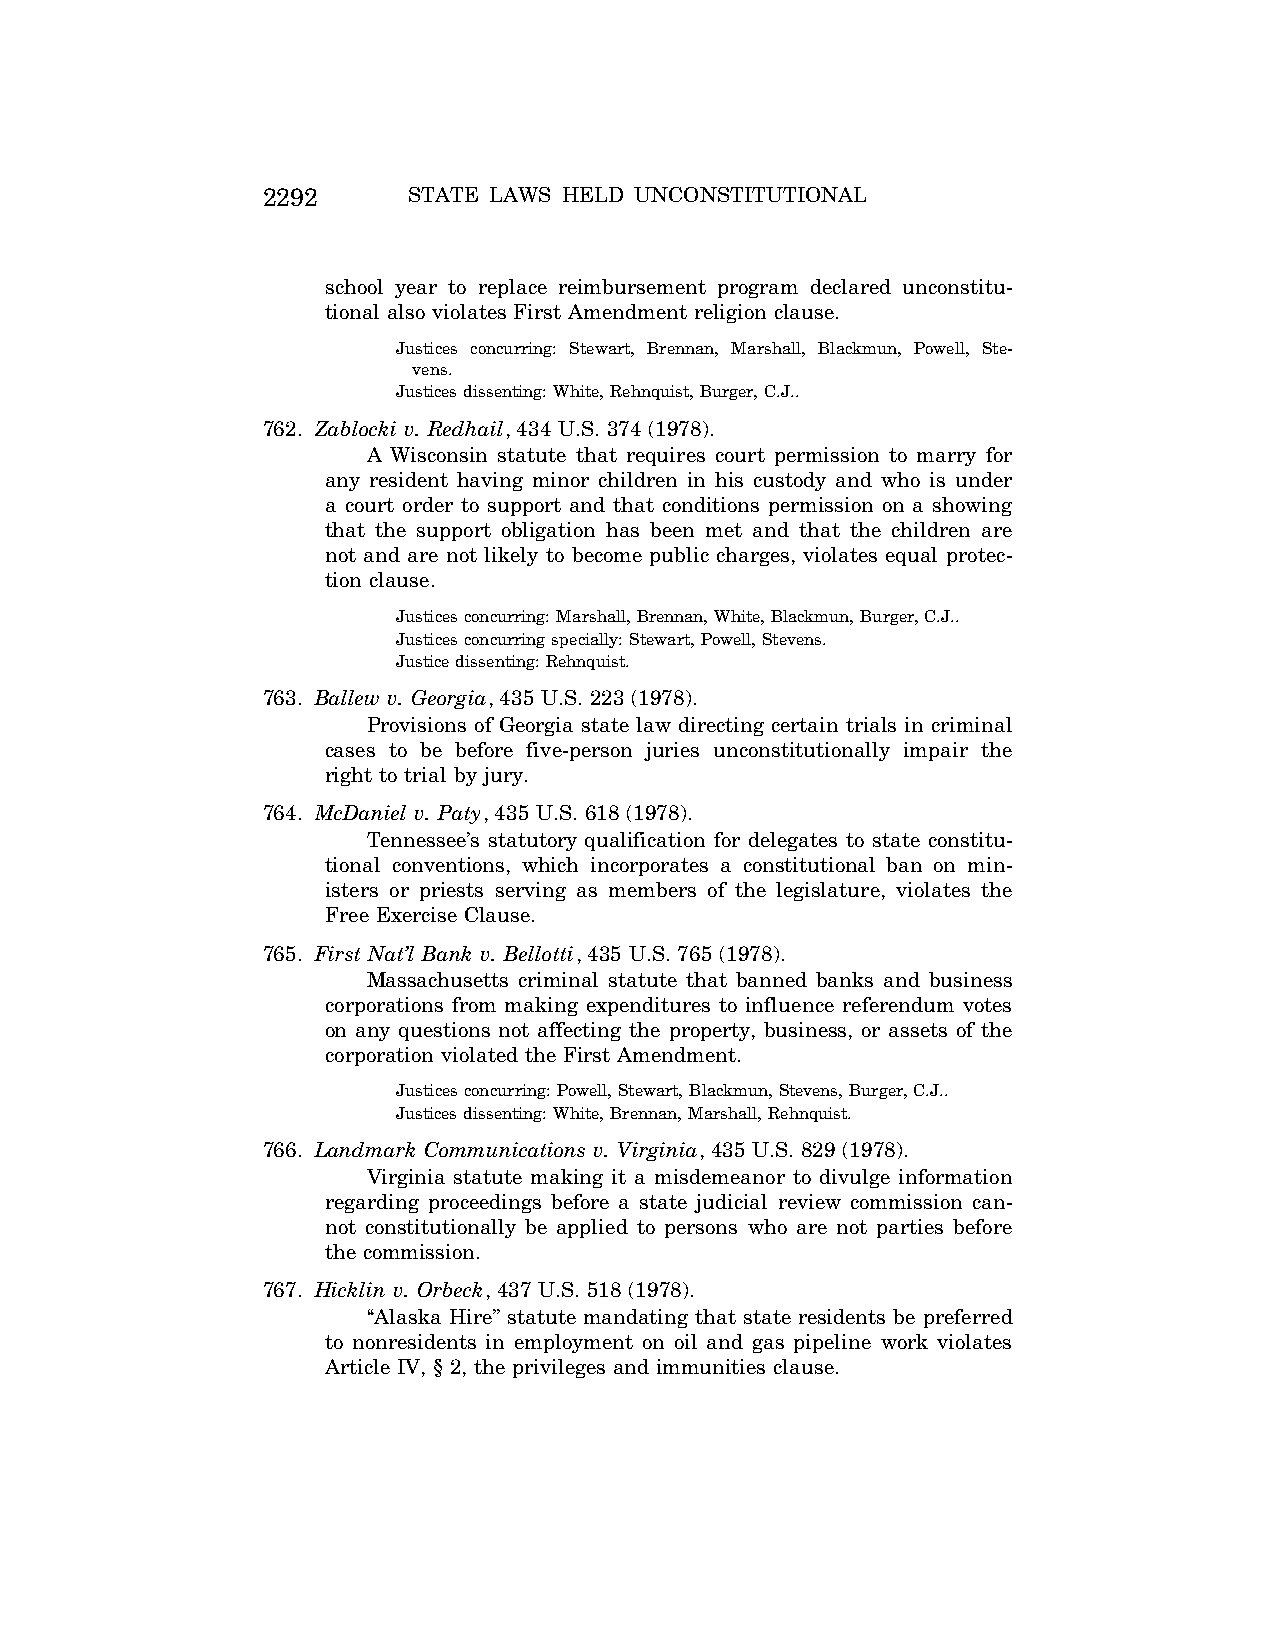
2292      STATE LAWS HELD UNCONSTITUTIONAL
 school year to replace reimbursement program declared unconstitu-
 tional also violates First Amendment religion clause.
 Justices concurring: Stewart, Brennan, Marshall, Blackmun, Powell, Ste-
 vens.
 Justices dissenting: White, Rehnquist, Burger, C.J..
 762. Zablocki v. Redhail, 434 U.S. 374 (1978).
 A Wisconsin statute that requires court permission to marry for
 any resident having minor children in his custody and who is under
 a court order to support and that conditions permission on a showing
 that the support obligation has been met and that the children are
 not and are not likely to become public charges, violates equal protec-
 tion clause.
 Justices concurring: Marshall, Brennan, White, Blackmun, Burger, C.J..
 Justices concurring specially: Stewart, Powell, Stevens.
 Justice dissenting: Rehnquist.
 763. Ballew v. Georgia, 435 U.S. 223 (1978).
 Provisions of Georgia state law directing certain trials in criminal
 cases to be before five-person juries unconstitutionally impair the
 right to trial by jury.
 764. McDaniel v. Paty, 435 U.S. 618 (1978).
 Tennessee’s statutory qualification for delegates to state constitu-
 tional conventions, which incorporates a constitutional ban on min-
 isters or priests serving as members of the legislature, violates the
 Free Exercise Clause.
 765. First Nat’l Bank v. Bellotti, 435 U.S. 765 (1978).
 Massachusetts criminal statute that banned banks and business
 corporations from making expenditures to influence referendum votes
 on any questions not affecting the property, business, or assets of the
 corporation violated the First Amendment.
 Justices concurring: Powell, Stewart, Blackmun, Stevens, Burger, C.J..
 Justices dissenting: White, Brennan, Marshall, Rehnquist.
 766. Landmark Communications v. Virginia, 435 U.S. 829 (1978).
 Virginia statute making it a misdemeanor to divulge information
 regarding proceedings before a state judicial review commission can-
 not constitutionally be applied to persons who are not parties before
 the commission.
 767. Hicklin v. Orbeck, 437 U.S. 518 (1978).
 ‘‘Alaska Hire’’ statute mandating that state residents be preferred
 to nonresidents in employment on oil and gas pipeline work violates
 Article IV, § 2, the privileges and immunities clause.
 VerDate Aug<04>2004 12:57 Aug 23, 2004 Jkt 077500 PO 00000 Frm 00132 Fmt 8222 Sfmt 8222 C:\CONAN\CON064.SGM PRFM99 PsN: CON064